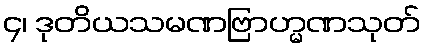
၄၊ ဒုတိယသမဏဗြာဟ္မဏသုတ်